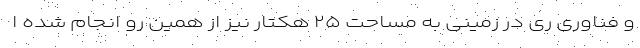
و فناوری ری در زمینی به مساحت ۲۵ هکتار نیز از همین رو انجام شده ا